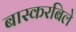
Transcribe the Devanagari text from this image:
बास्करबिले